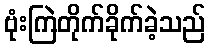
ဗုံးကြဲတိုက်ခိုက်ခဲ့သည်